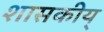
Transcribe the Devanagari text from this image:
शासकीय्